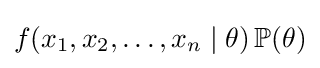
f(x_{1},x_{2},\ldots ,x_{n}\mid \theta )\operatorname {\mathbb {P} } (\theta )